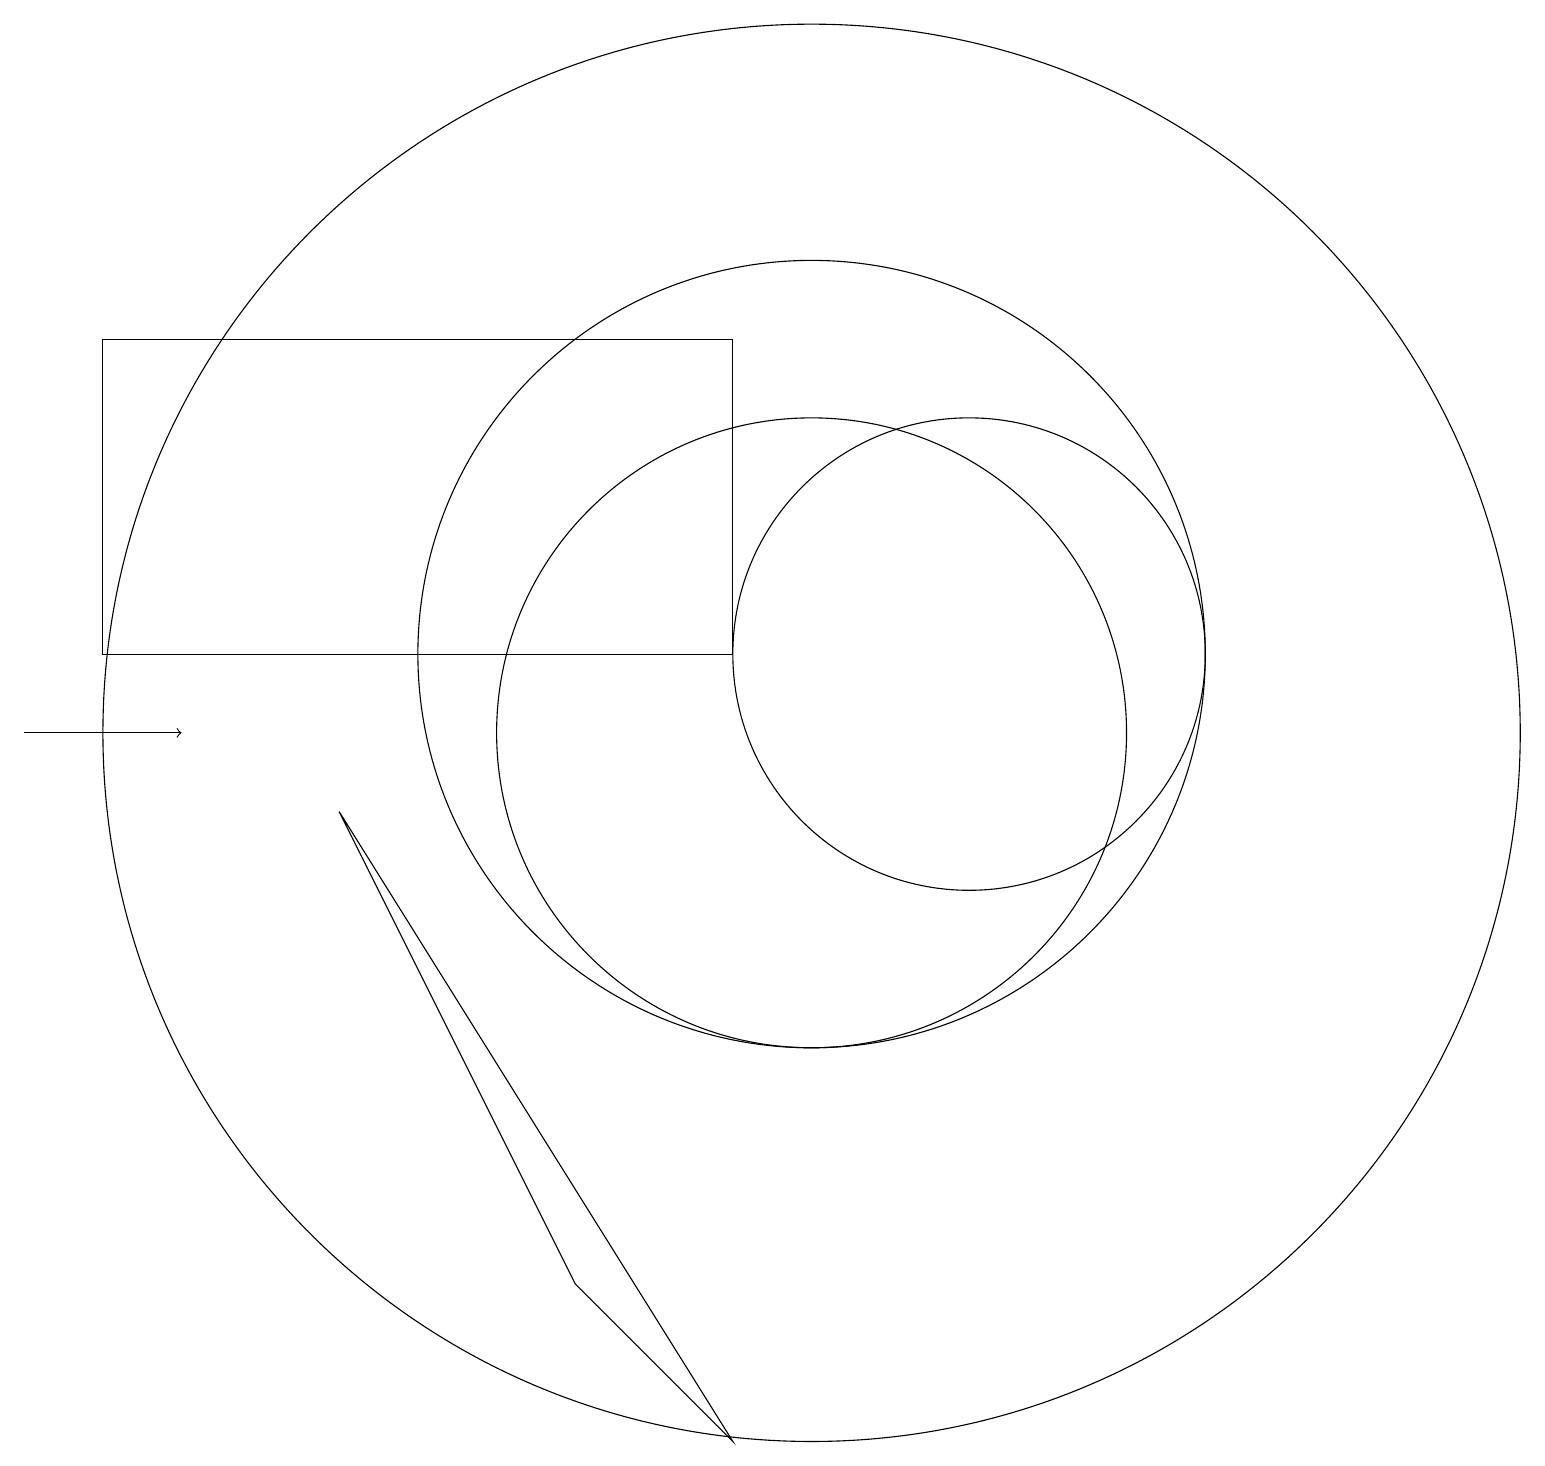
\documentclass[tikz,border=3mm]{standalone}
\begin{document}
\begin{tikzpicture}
\draw (12,11) circle (0);
\draw (12,11) circle (3);
\draw (10,10) circle (4);
\draw (10,10) circle (9);
\draw (4,9) -- (7,3) -- (9,1) -- cycle;
\draw[->] (0,10) -- (2,10);
\draw (10,11) circle (5);
\draw (9,11) rectangle (1,15);
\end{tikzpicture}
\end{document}